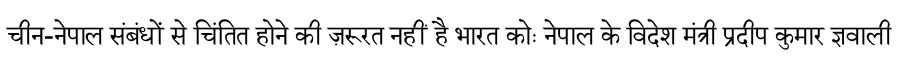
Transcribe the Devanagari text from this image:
चीन-नेपाल संबंधों से चिंतित होने की ज़रूरत नहीं है भारत कोः नेपाल के विदेश मंत्री प्रदीप कुमार ज्ञवाली